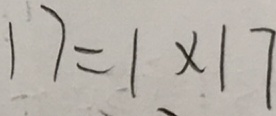
1 7 = 1 \times 1 7